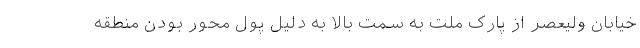
خیابان ولیعصر از پارک ملت به سمت بالا به دلیل پول محور بودن منطقه